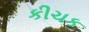
કીચક